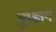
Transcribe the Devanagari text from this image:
शुभ्ङाग